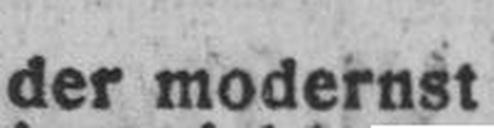
der modernst